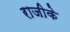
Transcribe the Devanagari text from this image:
राजीके